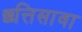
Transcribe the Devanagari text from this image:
छत्तिसावा